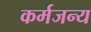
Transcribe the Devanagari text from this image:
कर्मजन्य